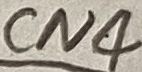
Text: CN4